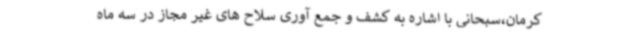
کرمان،سبحانی با اشاره به کشف و جمع آوری سلاح های غیر مجاز در سه ماه